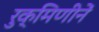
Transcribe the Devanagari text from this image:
रुक्मिणीनें